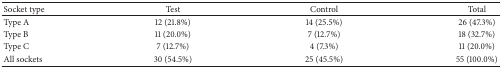
<table><thead><tr><td><b>Socket type </b></td><td><b>Test</b></td><td><b>Control</b></td><td><b>Total</b></td></tr></thead><tbody><tr><td>Type A</td><td>12 (21.8%)</td><td>14 (25.5%)</td><td>26 (47.3%)</td></tr><tr><td>Type B</td><td>11 (20.0%)</td><td>7 (12.7%)</td><td>18 (32.7%)</td></tr><tr><td>Type C</td><td>7 (12.7%)</td><td>4 (7.3%)</td><td>11 (20.0%)</td></tr><tr><td>All sockets</td><td>30 (54.5%)</td><td>25 (45.5%)</td><td>55 (100.0%)</td></tr></tbody></table>